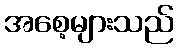
အစေ့များသည်